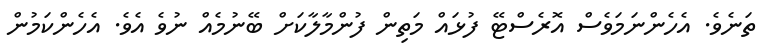
ތަނެވެ. އެހެންނަމަވެސް އޮރެސްޓޭ ފުޅައް މަތިން ފުންމާލާކަށް ބޭނުމެއް ނުވެ އެވެ. އެހެންކަމުން